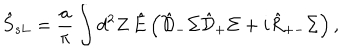
\hat { S } _ { s L } = \frac { a } { \pi } \int d ^ { 2 } Z \, \hat { E } \left( \hat { \cal D } _ { - } \Sigma \hat { \cal D } _ { + } \Sigma + i \hat { R } _ { + - } \Sigma \right) ,